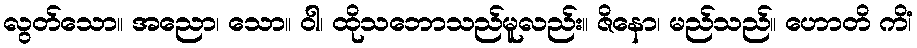
လွတ်သော။ အညော၊ သော။ ဝါ၊ ထိုသဘောသည်မူလည်း။ ဇိနော၊ မည်သည်။ ဟောတိ ကိံ၊